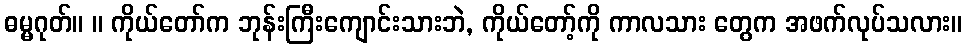
ဓမ္မဂုတ်။ ။ ကိုယ်တော်က ဘုန်းကြီးကျောင်းသားဘဲ, ကိုယ်တော့်ကို ကာလသား တွေက အဖက်လုပ်သလား။